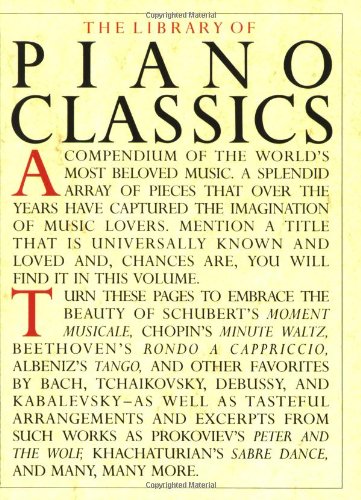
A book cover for The Library of Piano Classics; The Library; Humor & Entertainment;